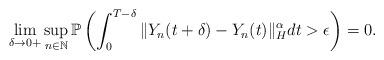
LaTeX: \begin{align*}\lim_{\delta\rightarrow 0+} \sup_{n\in\mathbb{N}} \mathbb{P} \left( \int_0^{T-\delta} \Vert Y_n (t+\delta) - Y_n (t) \Vert_{H}^{\alpha} dt > \epsilon \right) = 0 .\end{align*}